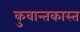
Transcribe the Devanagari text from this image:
कुवान्तकास्त